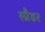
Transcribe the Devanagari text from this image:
स्प्रैडर